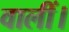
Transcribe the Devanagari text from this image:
वालीं।